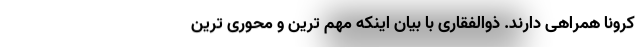
کرونا همراهی دارند. ذوالفقاری با بیان اینکه مهم ترین و محوری ترین